65_HS1-834228961_62-HQ-83894_Section_1
Agency: FBI
Page 153
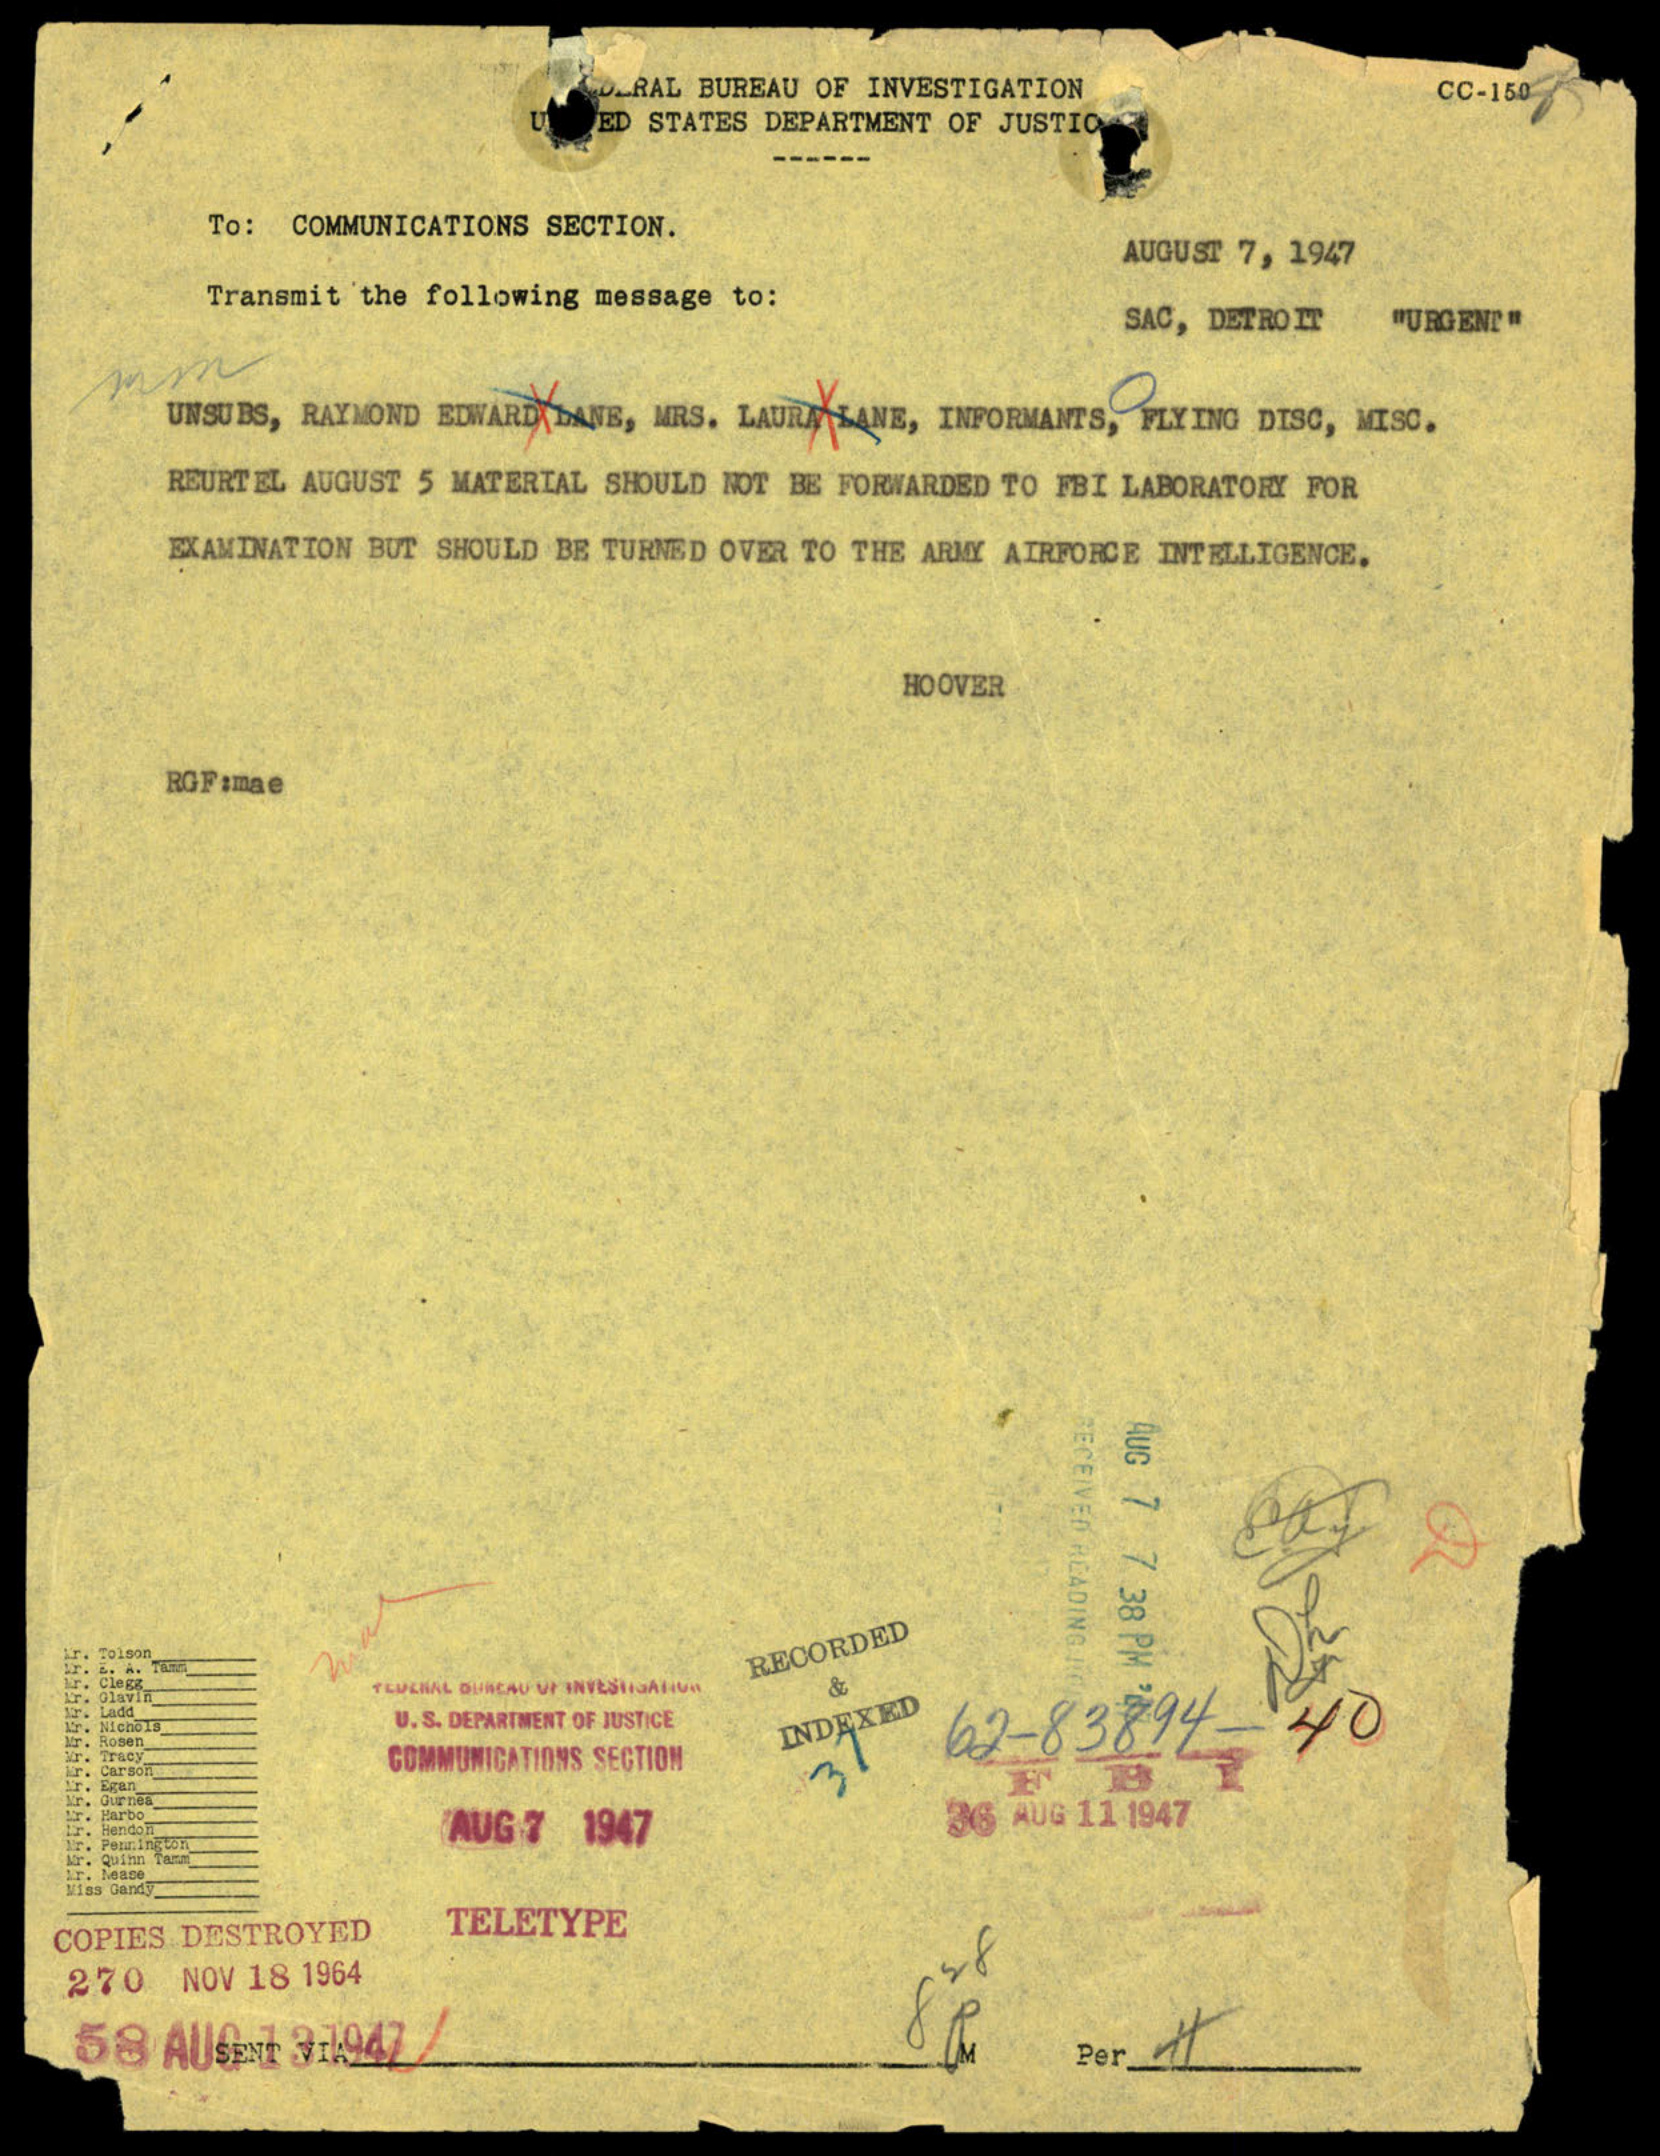